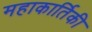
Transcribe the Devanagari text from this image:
महाकार्तिकी